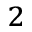
^ 2